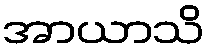
အာယာသိ